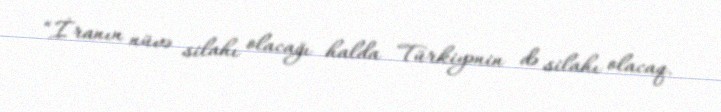
“İranın nüvə silahı olacağı halda Türkiyənin də silahı olacaq.